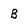
Character: B